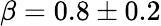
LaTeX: \beta=0.8\pm 0.2